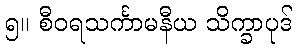
၅။ စီဝရသင်္ကာမနီယ သိက္ခာပုဒ်